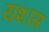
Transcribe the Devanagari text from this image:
यशास